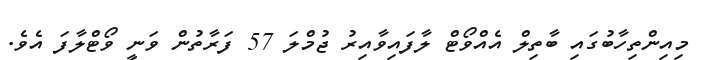
މިއިންތިހާބުގައި ބާތިލް އެއްވޯޓް ލާފައިވާއިރު ޖުމްލަ 57 ފަރާތުން ވަނީ ވޯޓްލާފަ އެވެ.